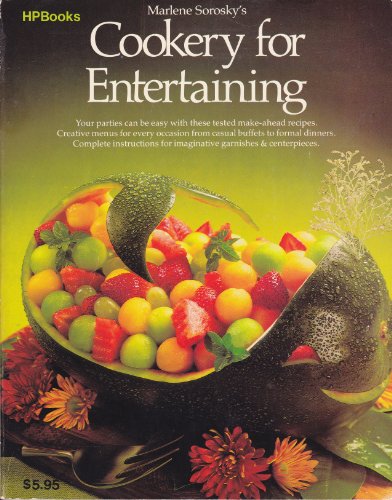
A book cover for Marlene Sorosky's Cookery for Entertaining; Marlene Sorosky; Cookbooks, Food & Wine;